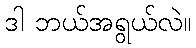
ဒါ ဘယ်အရွယ်လဲ။